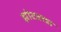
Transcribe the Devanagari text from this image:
झोटवाडा